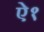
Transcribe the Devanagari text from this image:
ऐ१